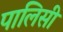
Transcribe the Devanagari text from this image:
पालिसीं